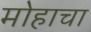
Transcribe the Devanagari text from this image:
मोहाचा